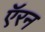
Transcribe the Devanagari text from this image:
ऍरन